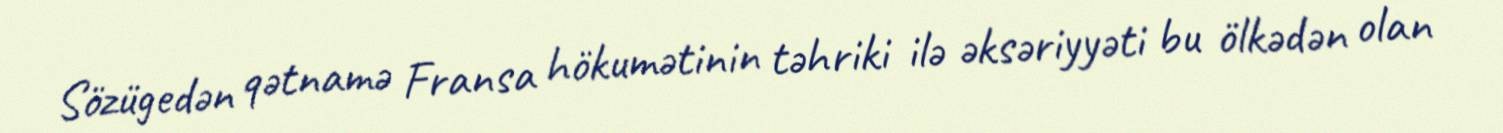
Sözügedən qətnamə Fransa hökumətinin təhriki ilə əksəriyyəti bu ölkədən olan